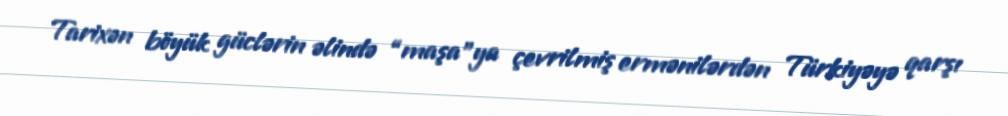
Tarixən böyük güclərin əlində “maşa”ya çevrilmiş ermənilərdən Türkiyəyə qarşı